Annual report on the lock hospitals of the Madras Presidency
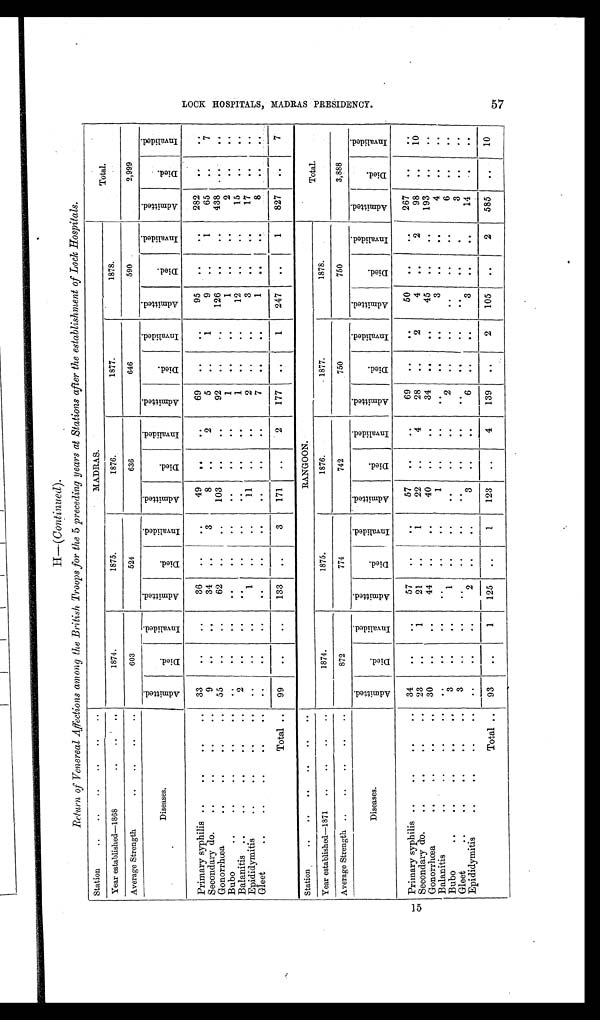
Station
..
..
..
..
..
..
MADRAS.
Total.
Year established—1868
..
..
..
1874.
1875.
1876.
1877.
1878.
Average Strength
..
..
..
..
603
524
636
646
590
2,999
Diseases.
A d m i t t e d .
D i e d .
I n v a l i d e d .
A d m i t t e d .
D i e d .
I n v a l i d e d .
A d m i t t e d .
D i e d .
I n v a l i d e d .
A d m i t t e d .
D i e d .
I n v a l i d e d .
A d m i t t e d .
D i e d .
I n v a l i d e d .
A d m i t t e d .
D i e d .
I n v a l i d e d .
Primary syphilis ..
..
..
..
33
. .
..
36
. .
. .
49
. .
..
69
..
..
95
. .
. .
282
. .
. .
Secondary do.
..
..
..
..
9
..
..
34
..
3
8
..
2
5
. .
1
9
.. 1
65
. .
7
Gonorrhœa..
..
..
..
55
..
..
62
..
. .
103
. .
..
92
. .
126
. .
. .
438
. .
. .
Bubo
. . ..
..
..
..
. .
. .
. .
. .
. .
. .
..
..
. .
1
. .
..
1
..
. .
2
. .
..
Balanitis
.. ..
..
..
.
.
Epididymitis
..
2
..
... .
. .
..
. .
1
..
..
..
..
. .
11
. .
..
..
. .
1
2
. .
..
..
..
12
3
... .
..
. .
15
17
..
. .
. .
..
Gleet
..
..
..
. . ..
. .
. .
. .
. .
. .
. .
. .
. .
. .
7
. .
. .
1
..
..
8
. .
..
Total ..
99
..
. .
133
..
3
171
..
2
177
..
1
247
..
1
827
..
7
Station
..
..
..
..
..
..
RANGOON.
Total.
Year established—1871
..
..
..
..
1874.
1875.
1876.
1877.
1878.
Average Strength .. ..
..
..
..
872
774
742
750
750
3,888
Diseases.
A d m i t t e d .
D i e d .
I n v a l i d e d .
A d m i t t e d .
D i e d .
I n v a l i d e d .
A d m i t t e d .
D i e d .
I n v a l i d e d .
A d m i t t e d .
D i e d .
I n v a l i d e d .
A d m i t t e d .
D i e d .
I n v a l i d e d .
A d m i t t e d .
D i e d .
I n v a l i d e d .
Primary syphilis ..
..
..
..
34
. .
..
57
..
..
57
. .
..
69
..
. .
50
. .
..
267
. .
. .
Secondary do.
..
..
..
23
. .
1
21
..
..
22
..
4
28
. .
2
4
. .
2
98
..
10
Gonorrhœa
..
..
..
..
30
. .
. .
44
..
. .
40
. .
. .
34
. .
. .
45
..
. .
193
. .
. .
Balanitis
..
..
..
. .
. .
..
. .
. .
. .
1
. .
. .
. .
..
..
3
. .
. .
4
. .
. .
Bubo
..
..
..
..
. .
3
..
..
1
..
. .
..
. .
. .
2
. .
..
. .
. .
. .
6
. .
. .
Gleet
..
..
..
..
..
3
..
. .
. .
. .
..
. .
. .
. .
. .
. .
. . ..
. .
..
3
. .
. .
Epididymitis
. . ..
.. ..
. .
. .
. .
2
. .
. .
3
. .
. .
6
. .
..
3
..
. .
14
..
. .
Total ..
93
..
1
125
..
1
123
. .
4
139
..
2
105
..
2
585
. .
10
L O C K H O S P I T A L S , M A D R A S P R E S I D E N C Y . 8 5 7 .
Return of Venereal Affections among the British Troops for the 5 preceding years at Stations after the establishment of Lock Hospitals.